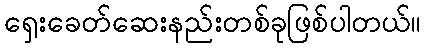
ရှေးခေတ်ဆေးနည်းတစ်ခုဖြစ်ပါတယ်။